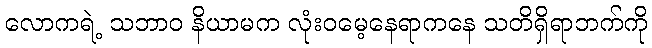
လောကရဲ့ သဘာဝ နိယာမက လုံးဝမေ့နေရာကနေ သတိရှိရာဘက်ကို